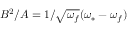
B ^ { 2 } / A = 1 / \sqrt { \omega _ { f } } ( \omega _ { * } - \omega _ { f } )